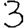
Digit: 3